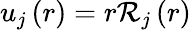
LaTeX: u_{j}\left(r\right)=r\mathcal{R}_{j}\left(r\right)